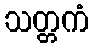
သတ္တကံ